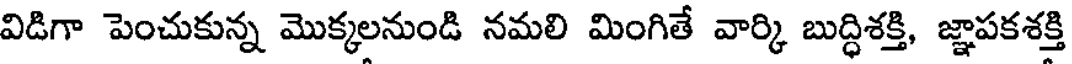
విడిగా పెంచుకున్న మొక్కలనుండి నమలి మింగితే వార్కి బుద్ధిశక్తి, జ్ఞాపకశక్తి